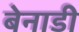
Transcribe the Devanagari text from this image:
बेनाडी